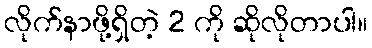
လိုက်နာဖို့ရှိတဲ့ 2 ကို ဆိုလိုတာပါ။